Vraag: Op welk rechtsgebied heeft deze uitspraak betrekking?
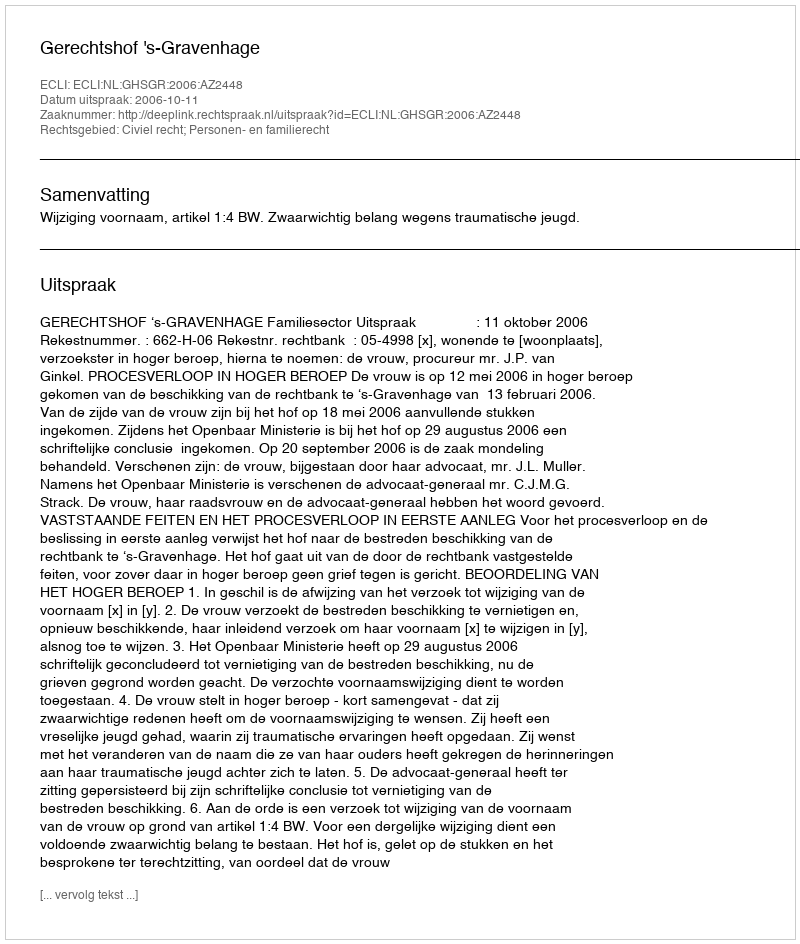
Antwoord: Civiel recht; Personen- en familierecht